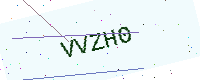
Text: VVZH0